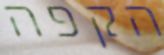
הקפה